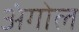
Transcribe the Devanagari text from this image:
अंगोल